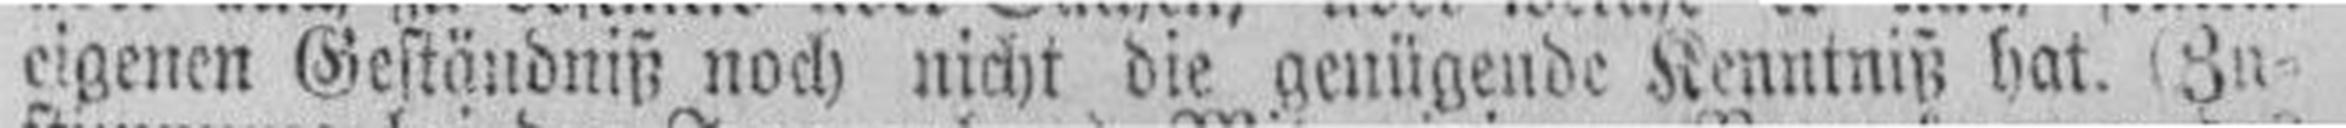
eigenen Geständniß noch nicht die genügende Kenntniß hat. Zu¬